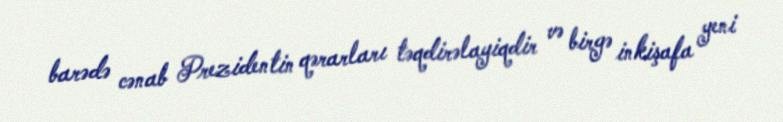
barədə cənab Prezidentin qərarları təqdirəlayiqdir və birgə inkişafa yeni